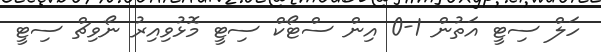
ހަލް ސިޓީ އަތުން 1-0 އިން ސްޓޯކް ސިޓީ މޮޅުވިއިރު ނޯވިޗް ސިޓީ